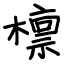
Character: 檩